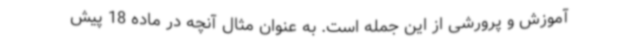
آموزش و پرورشی از این جمله است. به عنوان مثال آنچه در ماده 18 پیش